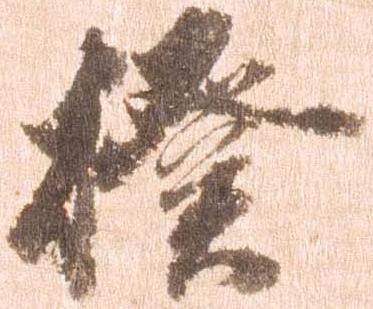
揆